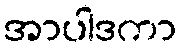
အာပါဒကာ